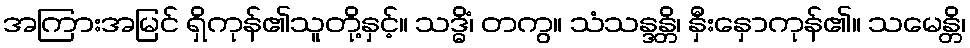
အကြားအမြင် ရှိကုန်၏သူတို့နှင့်။ သဒ္ဓိံ၊ တကွ။ သံသန္ဒန္တိ၊ နှီးနှောကုန်၏။ သမေန္တိ၊